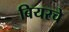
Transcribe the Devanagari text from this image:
बियरचे